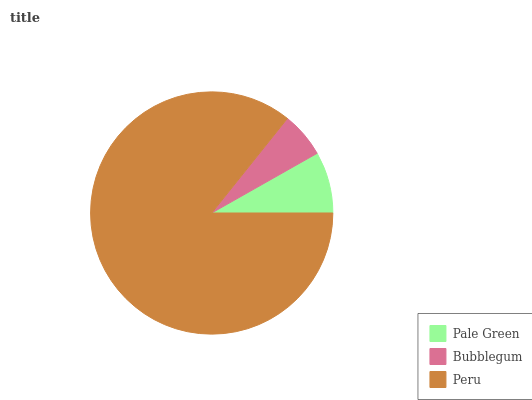
| Pale Green | Bubblegum | Peru |
 | --- | --- | --- |
 | 8.19% | 6.06% | 85.7% |